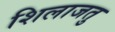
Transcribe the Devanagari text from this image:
शिलाजतु